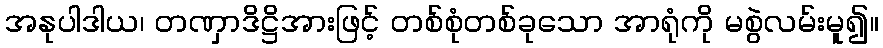
အနုပါဒါယ၊ တဏှာဒိဋ္ဌိအားဖြင့် တစ်စုံတစ်ခုသော အာရုံကို မစွဲလမ်းမူ၍။